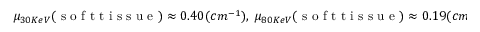
\mu _ { 3 0 K e V } ( \mathrm { ~ s ~ o ~ f ~ t ~ t ~ i ~ s ~ s ~ u ~ e ~ } ) \approx 0 . 4 0 ( c m ^ { - 1 } ) , ~ \mu _ { 8 0 K e V } ( \mathrm { ~ s ~ o ~ f ~ t ~ t ~ i ~ s ~ s ~ u ~ e ~ } ) \approx 0 . 1 9 ( c m ^ { - 1 } )